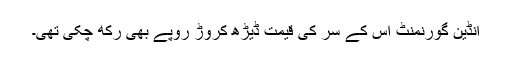
انڈین گورنمنٹ اُس کے سر کی قیمت ڈیڑھ کروڑ روپے بھی رکھ چکی تھی۔